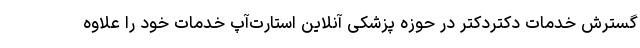
گسترش خدمات دکتردکتر در حوزه پزشکی آنلاین استارت‌آپ خدمات خود را علاوه